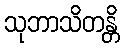
သုဘာသိတန္တိ